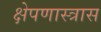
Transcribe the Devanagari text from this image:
क्षेपणास्त्रास